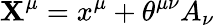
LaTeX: \mathbf{X}^{\mu}=x^{\mu}+\theta^{\mu\nu}A_{\nu}